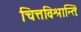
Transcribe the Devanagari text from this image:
चित्तविश्रान्तिः